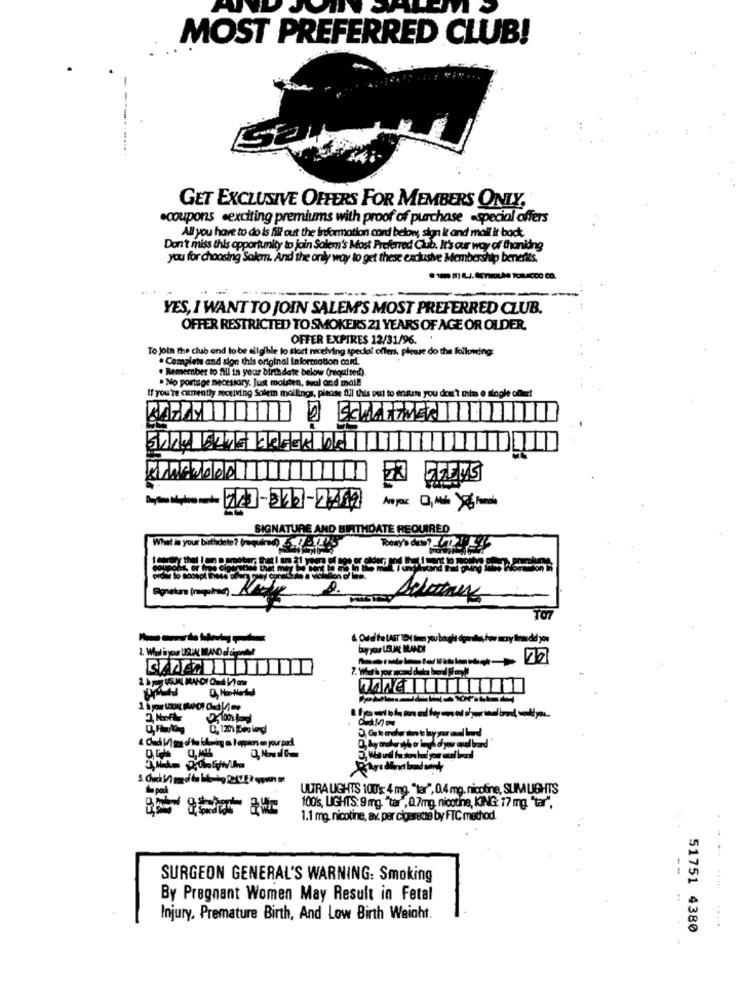
MOST PREFERRED CLUB!
GET EXCLUSIVE OFFERS FOR MEMBERS ONLY,
.coupons œexciting premiums with proof of purchase -special offers
All you have to do is fill out the information cord below, sion it and mail it back.
Don't miss this opportunity to join Salem's Most Preferred Club. It's our way of thanlång
you for choosing Salem. And the only way to get these exclusive Membership benefits.
YES, I WANT TO JOIN SALEM'S MOST PREFERRED CLUB.
OFFER RESTRICTED TO SMOKERS 21 YEARS OF AGE OR OLDER.
OFFER EXPIRES 12/31/96.
To Join the club end to be eligible to stort receiving special offers. please do the following:
. Complete and sign this original Information caid.
. Remember to All in your birth date below (required)
· No portage necessary. Just molsten, weal and mai !!
If you're cunently receiving Solem mailings, piense fil this out to ensure you don't miss e slogle offer!
@ SCHATTEN
En4 6446CREEK DE
600
SIGNATURE AND BIRTHDATE REQUIRED
What is your birthdate? (required). 25
2.
--- 1
ULTRA LIGHTS 100's: 4 mg. "tar", 0.4 mg. nicotine, SUM LIGHTS
100's, LIGHTS: 9 mg. "ter", 0.7mg, nicotine, KING: 17 mg. "tar".
1.1 mg, nicotine, av. per cigarette by FTC method.
--
SURGEON GENERAL'S WARNING: Smoking
By Pregnant Women May Result in Fetal
Injury. Premature Birth, And Low Birth Weight.
51751 4380
....